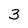
Character: 3